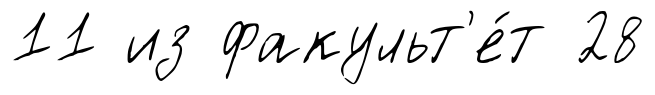
11 из факульт'е́т 28